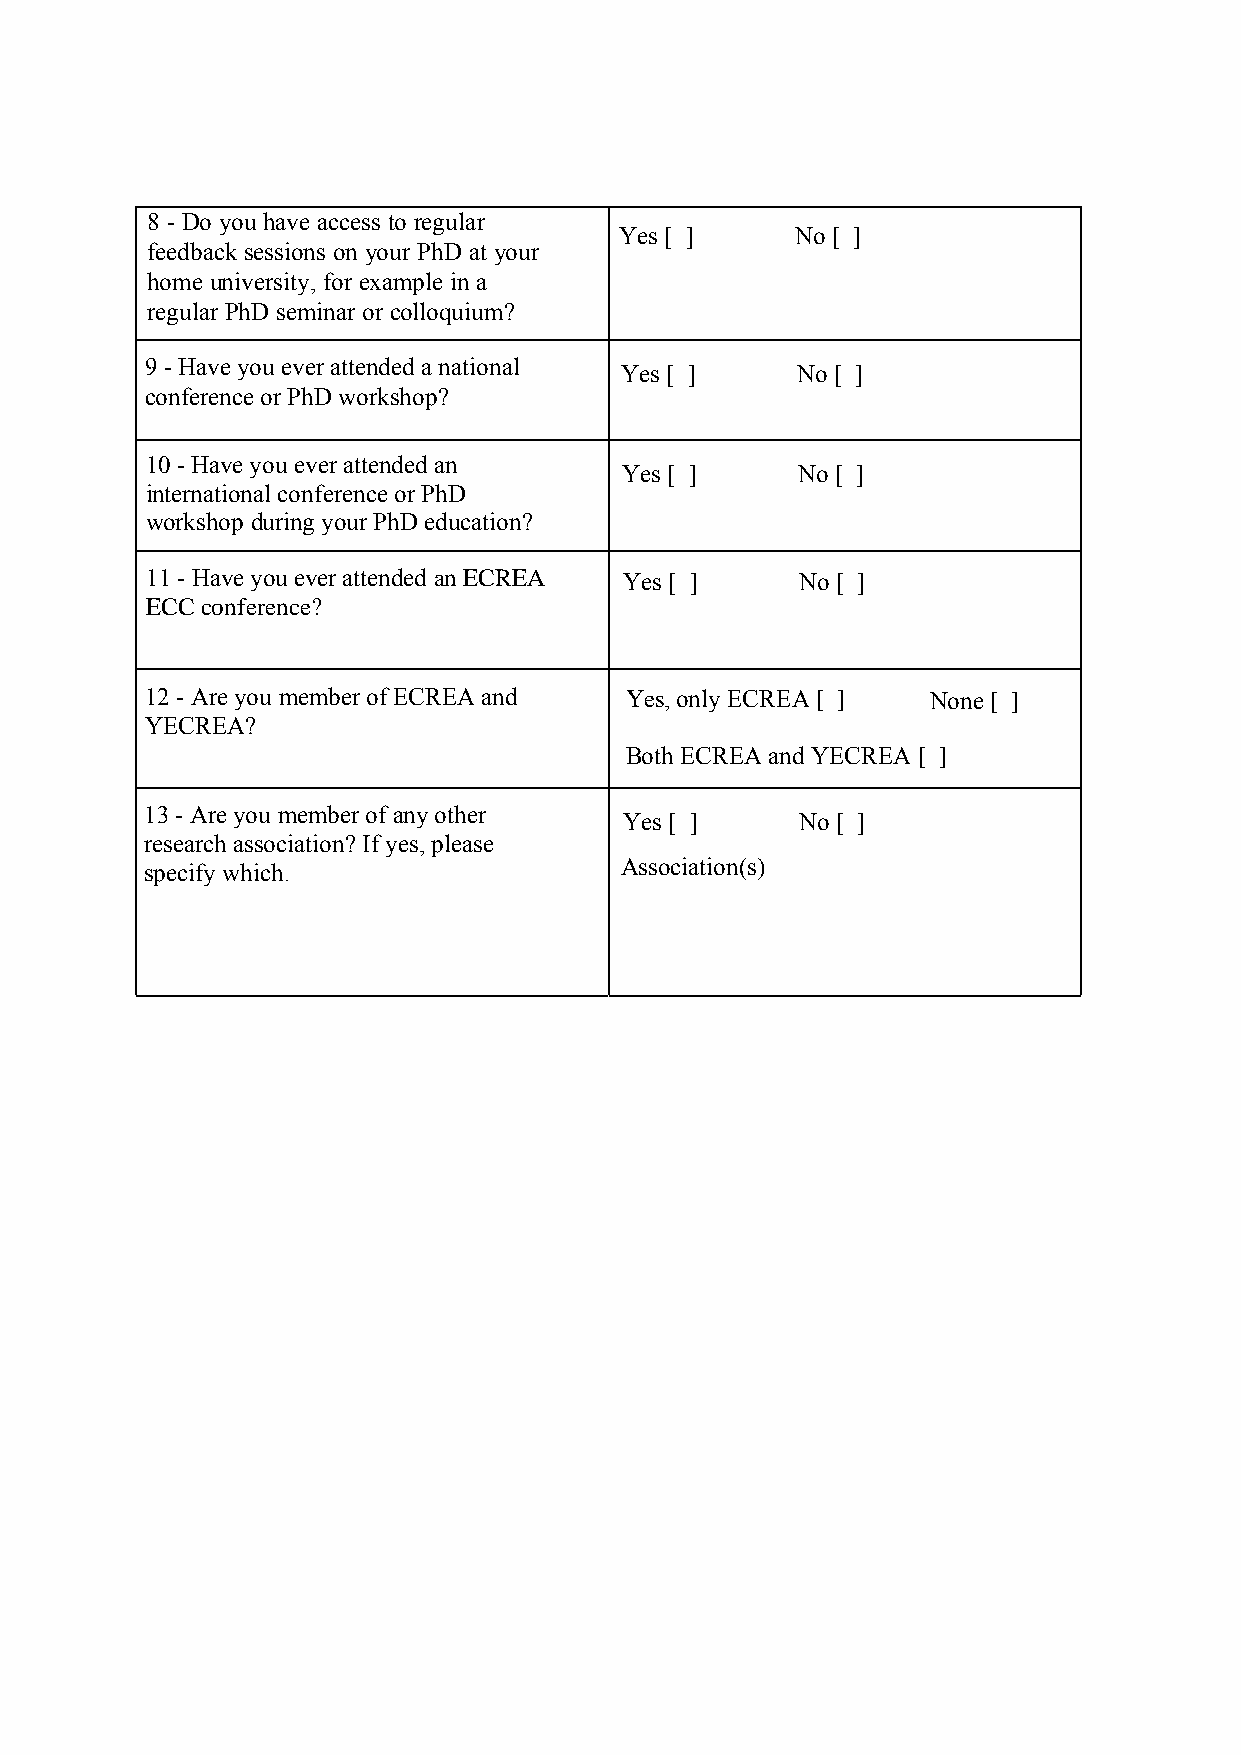
8 - Do you have access to regular
 Yes [ ]     No [ ]
 feedback sessions on your PhD at your
 home university, for example in a
 regular PhD seminar or colloquium?
 9 - Have you ever attended a national Yes [ ] No [ ]
 conference or PhD workshop?
 10 - Have you ever attended an Yes [ ]     No [ ]
 international conference or PhD
 workshop during your PhD education?
 11 - Have you ever attended an ECREA Yes [ ] No [ ]
 ECC conference?
 12 - Are you member of ECREA and Yes, only ECREA [ ] None [ ]
 YECREA?
 Both ECREA and YECREA [ ]
 13 - Are you member of any other Yes [ ]   No [ ]
 research association? If yes, please
 specify which.                 Association(s)